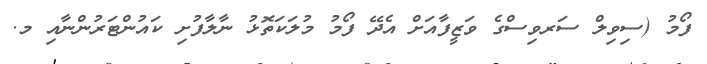
ފޯމު (ސިވިލް ސަރވިސްގެ ވަޒީފާއަށް އެދޭ ފޯމު މުލަކަތޮޅު ނާލާފުށި ކައުންޓަރުންނާއި މ.